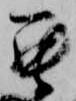
罷